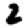
Digit: 2